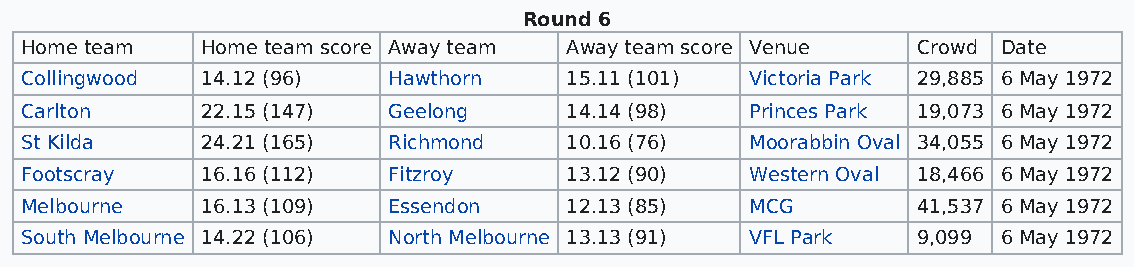
Round 6
 Home team   Home team score Away team Away team score Venue Crowd Date
 Collingwood 14.12 (96)   Hawthorn   15.11 (101)  Victoria Park 29,885 6 May 1972
 Carlton     22.15 (147)  Geelong    14.14 (98)   Princes Park 19,073 6 May 1972
 St Kilda    24.21 (165)  Richmond   10.16 (76)   Moorabbin Oval 34,055 6 May 1972
 Footscray   16.16 (112)  Fitzroy    13.12 (90)   Western Oval 18,466 6 May 1972
 Melbourne   16.13 (109)  Essendon   12.13 (85)   MCG        41,537 6 May 1972
 South Melbourne 14.22 (106) North Melbourne 13.13 (91) VFL Park 9,099 6 May 1972